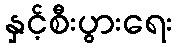
နှင့်စီးပွားရေး